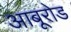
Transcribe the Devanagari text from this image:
आबूरोड